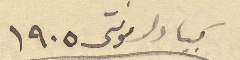
كبيا دلمونتي ١۹٠٥